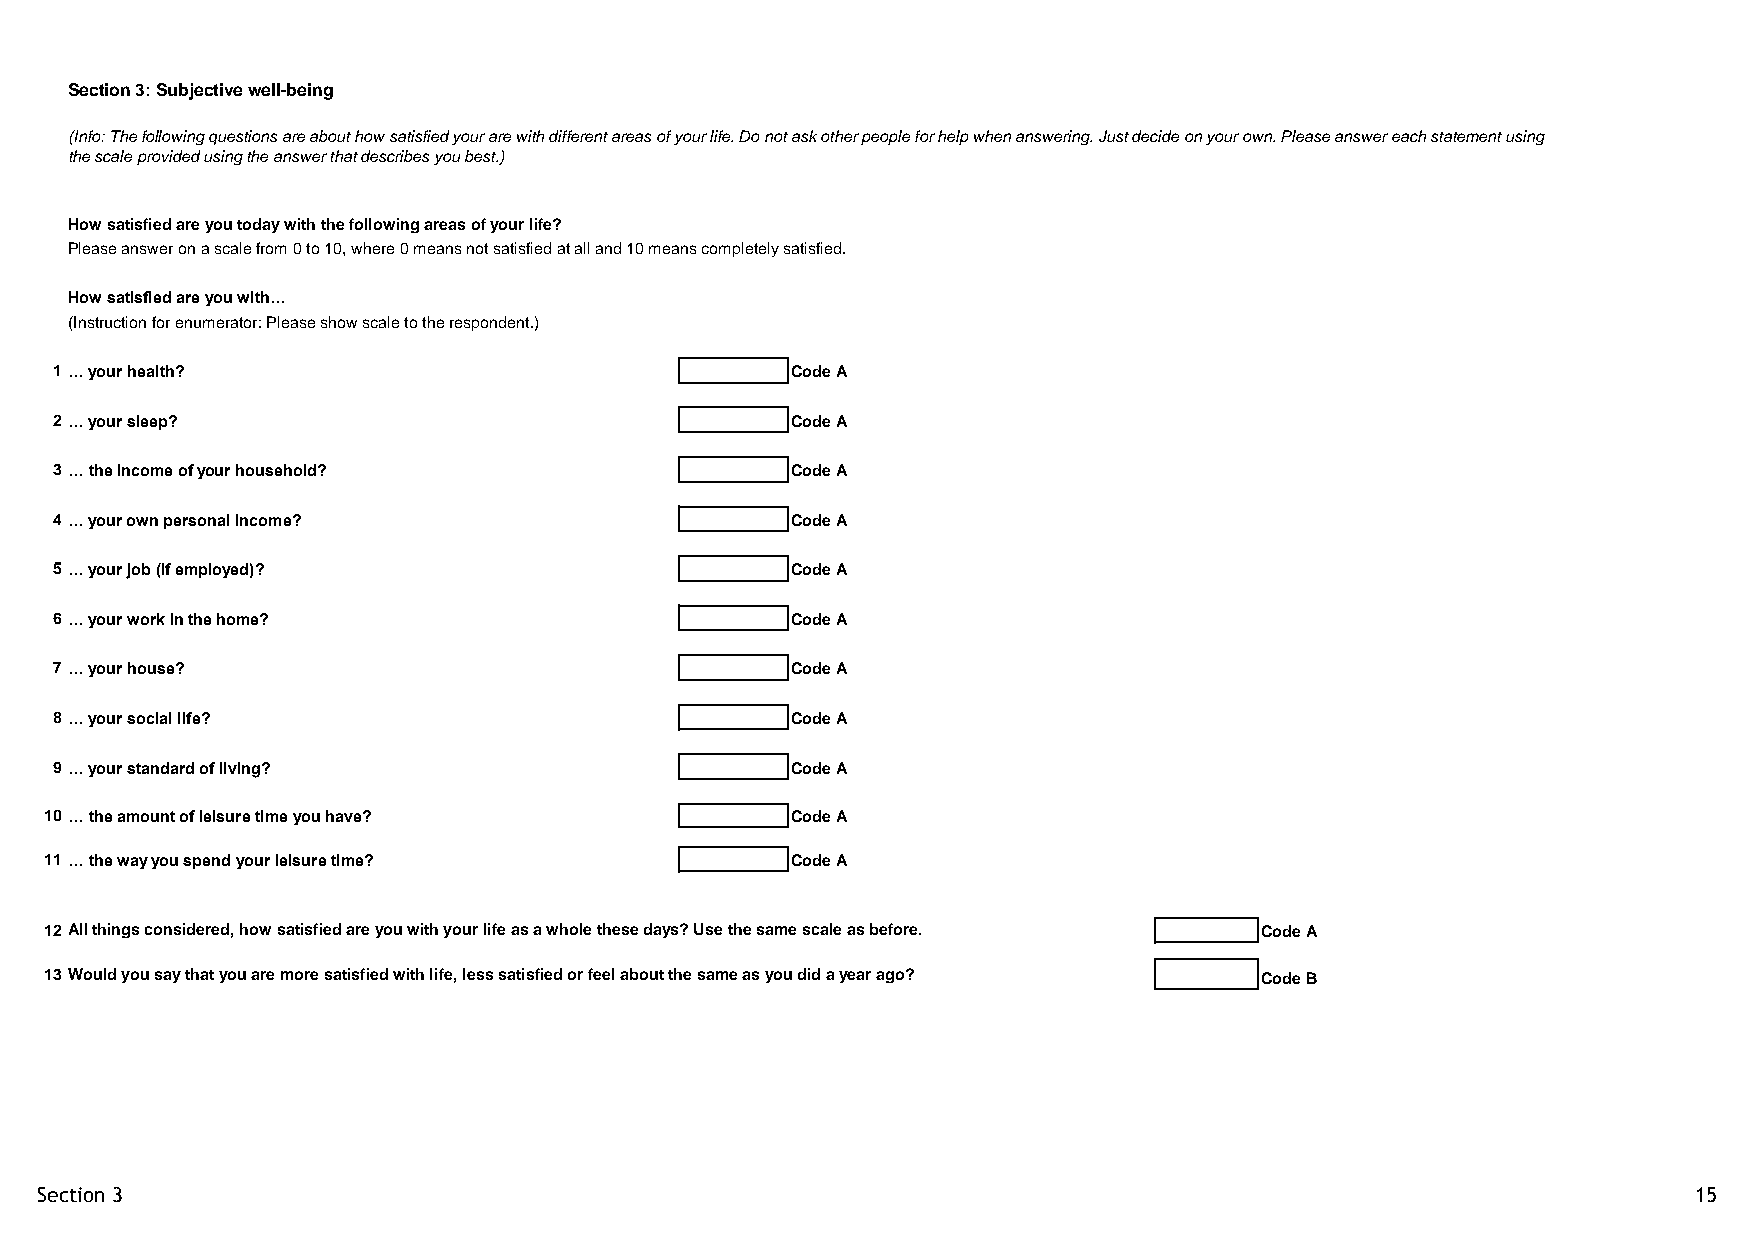
Section 3: Subjective well-being
 (Info: The following questions are about how satisfied your are with different areas of your life. Do not ask other people for help when answering. Just decide on your own. Please answer each statement using
 the scale provided using the answer that describes you best.)
 How satisfied are you today with the following areas of your life?
 Please answer on a scale from 0 to 10, where 0 means not satisfied at all and 10 means completely satisfied.
 How satisfied are you with…
 (Instruction for enumerator: Please show scale to the respondent.)
 1 … your health?                                 Code A
 2 … your sleep?                                  Code A
 3 … the income of your household?                Code A
 4 … your own personal income?                    Code A
 5 … your job (if employed)?                      Code A
 6 … your work in the home?                       Code A
 7 … your house?                                  Code A
 8 … your social life?                            Code A
 9 … your standard of living?                     Code A
 10 … the amount of leisure time you have?        Code A
 11 … the way you spend your leisure time?        Code A
 12 All things considered, how satisfied are you with your life as a whole these days? Use the same scale as before. Code A
 13 Would you say that you are more satisfied with life, less satisfied or feel about the same as you did a year ago? Code B
 Section 3                                                                                                     15